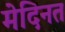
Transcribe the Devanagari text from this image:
मेदिनत